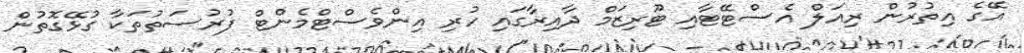
އޭގެ އިތުރުން ރިއަލް އެސްޓޭޓާއި ޓޫރިޒަމް ދާއިރާގައި ހުރި އިންވެސްޓްމެންޓް ފުރުސަތުތަކާ ގުޅޭގޮތުން